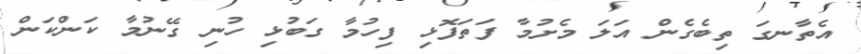
އެތާނގަ ތިބެގެން އަލަ މެށުމާ ފަތަފޮޅި ފިހުމާ ގަބުޅި ހުނި ގޭނުމާ ކަންކަން